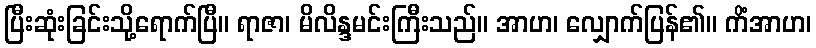
ပြီးဆုံးခြင်းသို့ရောက်ပြီ။ ရာဇာ၊ မိလိန္ဒမင်းကြီးသည်။ အာဟ၊ လျှောက်ပြန်၏။ ကိံအာဟ၊